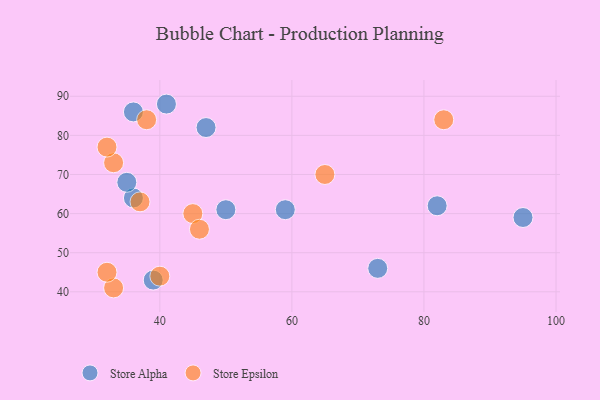
{"axis": {"x": "GDP", "y": "Life Expectancy"}, "legend": ["Store Alpha", "Store Epsilon"], "data": [{"x": "39", "y": 43, "type": "Store Alpha"}, {"x": "73", "y": 46, "type": "Store Alpha"}, {"x": "95", "y": 59, "type": "Store Alpha"}, {"x": "50", "y": 61, "type": "Store Alpha"}, {"x": "36", "y": 86, "type": "Store Alpha"}, {"x": "47", "y": 82, "type": "Store Alpha"}, {"x": "82", "y": 62, "type": "Store Alpha"}, {"x": "36", "y": 64, "type": "Store Alpha"}, {"x": "35", "y": 68, "type": "Store Alpha"}, {"x": "41", "y": 88, "type": "Store Alpha"}, {"x": "59", "y": 61, "type": "Store Alpha"}, {"x": "38", "y": 84, "type": "Store Epsilon"}, {"x": "45", "y": 60, "type": "Store Epsilon"}, {"x": "46", "y": 56, "type": "Store Epsilon"}, {"x": "33", "y": 73, "type": "Store Epsilon"}, {"x": "33", "y": 41, "type": "Store Epsilon"}, {"x": "32", "y": 45, "type": "Store Epsilon"}, {"x": "37", "y": 63, "type": "Store Epsilon"}, {"x": "83", "y": 84, "type": "Store Epsilon"}, {"x": "40", "y": 44, "type": "Store Epsilon"}, {"x": "32", "y": 77, "type": "Store Epsilon"}, {"x": "65", "y": 70, "type": "Store Epsilon"}]}